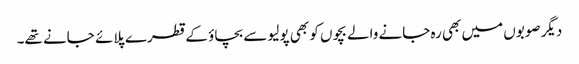
دیگر صوبوں میں بھی رہ جانے والے بچوں کو بھی پولیو سے بچاؤ کے قطرے پلائے جانے تھے۔